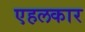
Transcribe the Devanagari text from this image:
एहलकार